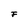
Character: F